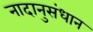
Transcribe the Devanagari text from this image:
नादानुसंधान